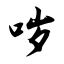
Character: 哕